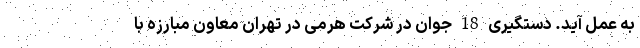
به عمل آید. دستگیری 18 جوان در شرکت هرمی در تهران معاون مبارزه با